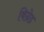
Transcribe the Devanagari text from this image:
बिग्रेड